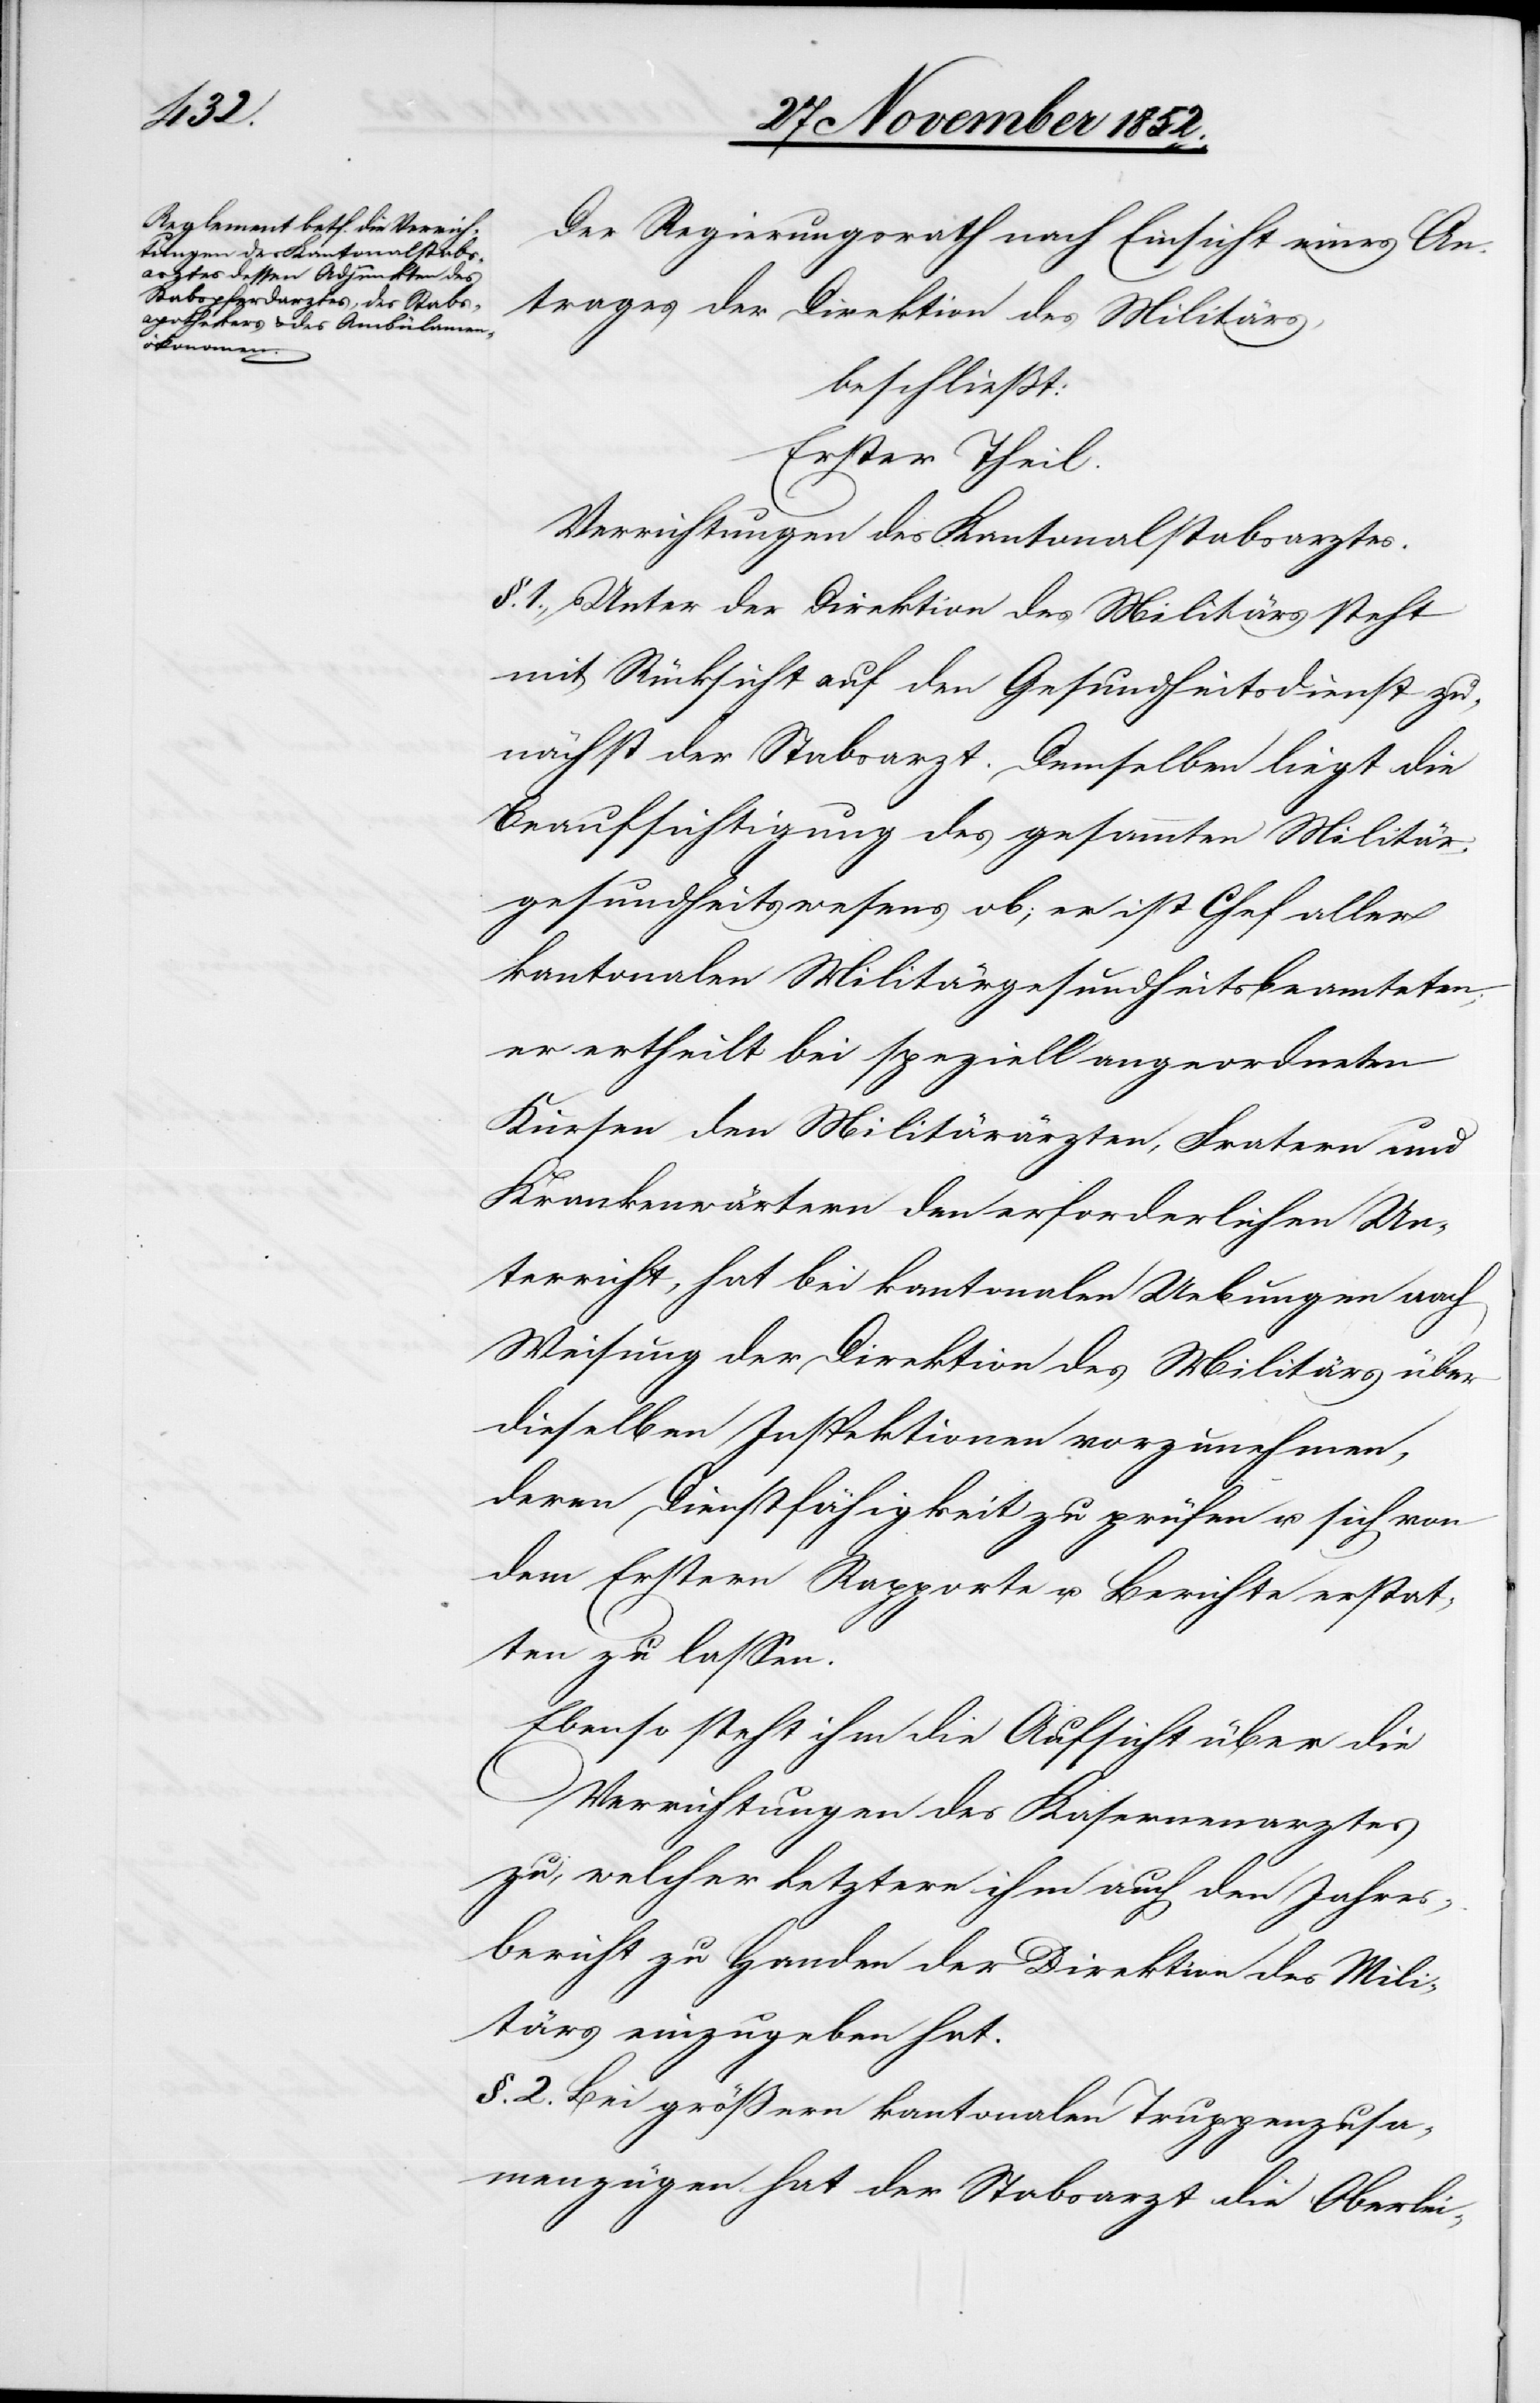
Der Regierungsrath nach Einsicht eines An¬
trages der Direktion des Militärs,
beschließt:
Erster Theil.
Verrichtungen des Kantonalstabsarztes.
§. 1., Unter der Direktion des Militärs steht
mit Rücksicht auf den Gesundheitsdienst zu¬
nächst der Stabsarzt. Demselben liegt die
Beaufsichtigung des gesammten Militär¬
gesundheitswesens ob; er ist Chef aller
kantonalen Militärgesundheitsbeamteten;
er ertheilt bei speziell angeordneten
Kursen den Militärärzten, Fratern und
Krankenwärtern den erforderlichen Un¬
terricht, hat bei kantonalen Uebungen nach
Weisung der Direktion des Militärs über
dieselben Inspektionen vorzunehmen,
deren Dienstfähigkeit zu prüfen u. sich von
dem Erstern Rapporte u. Berichte erstat¬
ten zu lassen.
Ebenso steht ihm die Aufsicht über die
Verrichtungen des Kasernenarztes
zu, welcher Letztere ihm auch den Jahres¬
bericht zu Handen der Direktion des Mili¬
tärs einzugeben hat.
§. 2. Bei größern kantonalen Truppenzusa¬
m[m]enzügen hat der Stabsarzt die Oberlei-